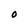
Character: 0